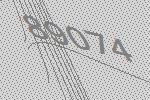
89074